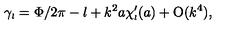
\gamma _ { \scriptscriptstyle { l } } = \Phi / 2 \pi - l + k ^ { 2 } a \chi _ { \scriptscriptstyle { l } } ^ { \prime } ( a ) + \mathrm { O } ( k ^ { 4 } ) ,